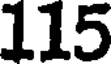
115